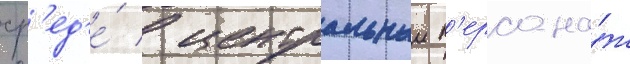
ср'ед'е́ / центральныи п'ерсона́ж